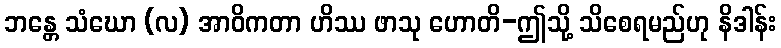
ဘန္တေ သံဃော (လ) အာဝိကတာ ဟိဿ ဖာသု ဟောတိ-ဤသို့ သိစေရမည်ဟု နိဒါန်း